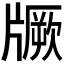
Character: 𱭡